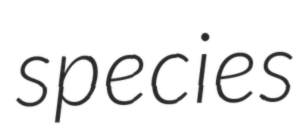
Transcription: species